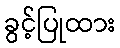
ခွင့်ပြုထား